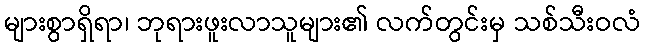
များစွာရှိရာ၊ ဘုရားဖူးလာသူများ၏ လက်တွင်းမှ သစ်သီးဝလံ